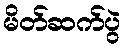
မိတ်ဆက်ပွဲ